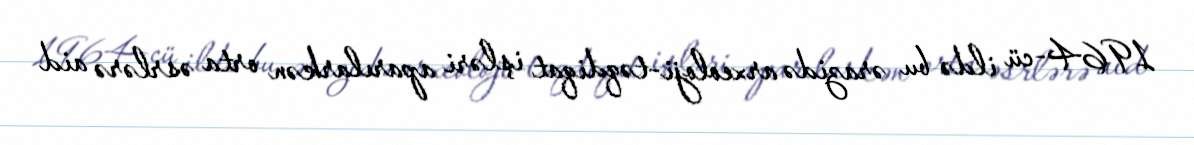
1964-cü ildə bu ərazidə arxeoloji-təqdiqat işləri aparılarkən orta əsrlərə aid